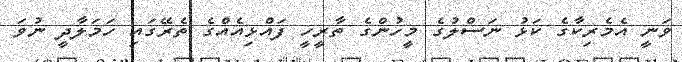
ވަނީ އެމެރިކާގެ ކަޅު ނަސްލުގެ މީހުންގެ ތާރީހީ ފައްޅިއެެއްގެ ތެރޭގައި ހަމަލާދީ ނުވަ